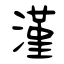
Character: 漌